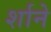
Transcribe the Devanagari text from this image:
र्शाने